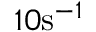
1 0 \mathrm { { s } } ^ { - 1 }